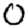
Digit: 0